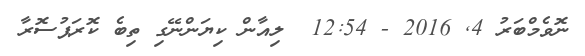
ނޮވެމްބަރު 4